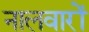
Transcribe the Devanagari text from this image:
नालवारों